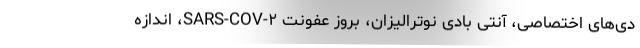
دی‌های اختصاصی، آنتی بادی نوترالیزان، بروز عفونت SARS-COV-۲، اندازه